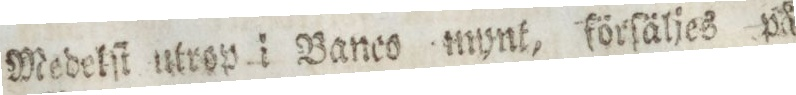
Medelſt utrop i Banco mynt, förſäljes på